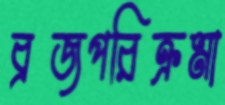
ব্রজপরিক্রমা